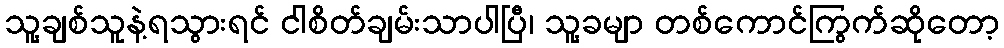
သူ့ချစ်သူနဲ့ရသွားရင် ငါစိတ်ချမ်းသာပါပြီ၊ သူ့ခမျာ တစ်ကောင်ကြွက်ဆိုတော့